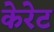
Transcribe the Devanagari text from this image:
केरेट